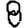
Digit: 8